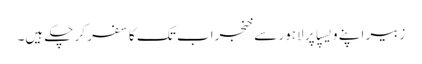
زبیر اپنے ویسپا پر لاہور سے خنجراب تک کا سفر کر چکے ہیں۔